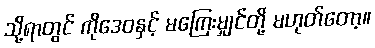
သို့ရာတွင် ကိုဒေဝနှင့် မကြေးမျှင်တို့ မဟုတ်တော့။